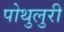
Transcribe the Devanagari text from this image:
पोथुलुरी